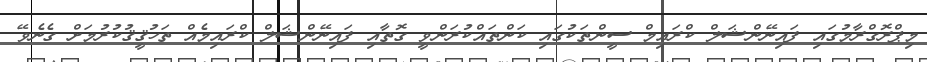
މިޕްރޮގްރާމުގައި ފައިނޭންޝަލް ކްރައިމް ސީންތަކުގައި ކަންތައްކުރަންވީ ގޮތާއި ފައިނޭންޝަލް ކްރައިމެއް ތަހުޤީޤުކުރުމަށް ގެނެވޭ